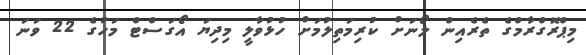
މިޕްރޮގްރާމްގެ ތެރެއިން ލޯނަށް ކުރިމަތިލުމަށް ހުޅުވާލީ މިދިޔަ އޯގަސްޓް މަހުގެ 22 ވަނަ